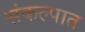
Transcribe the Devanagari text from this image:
संकल्पात